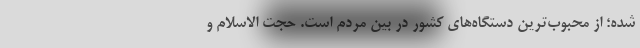
شده؛ از محبوب‌ترین دستگاه‌های کشور در بین مردم است. حجت الاسلام و